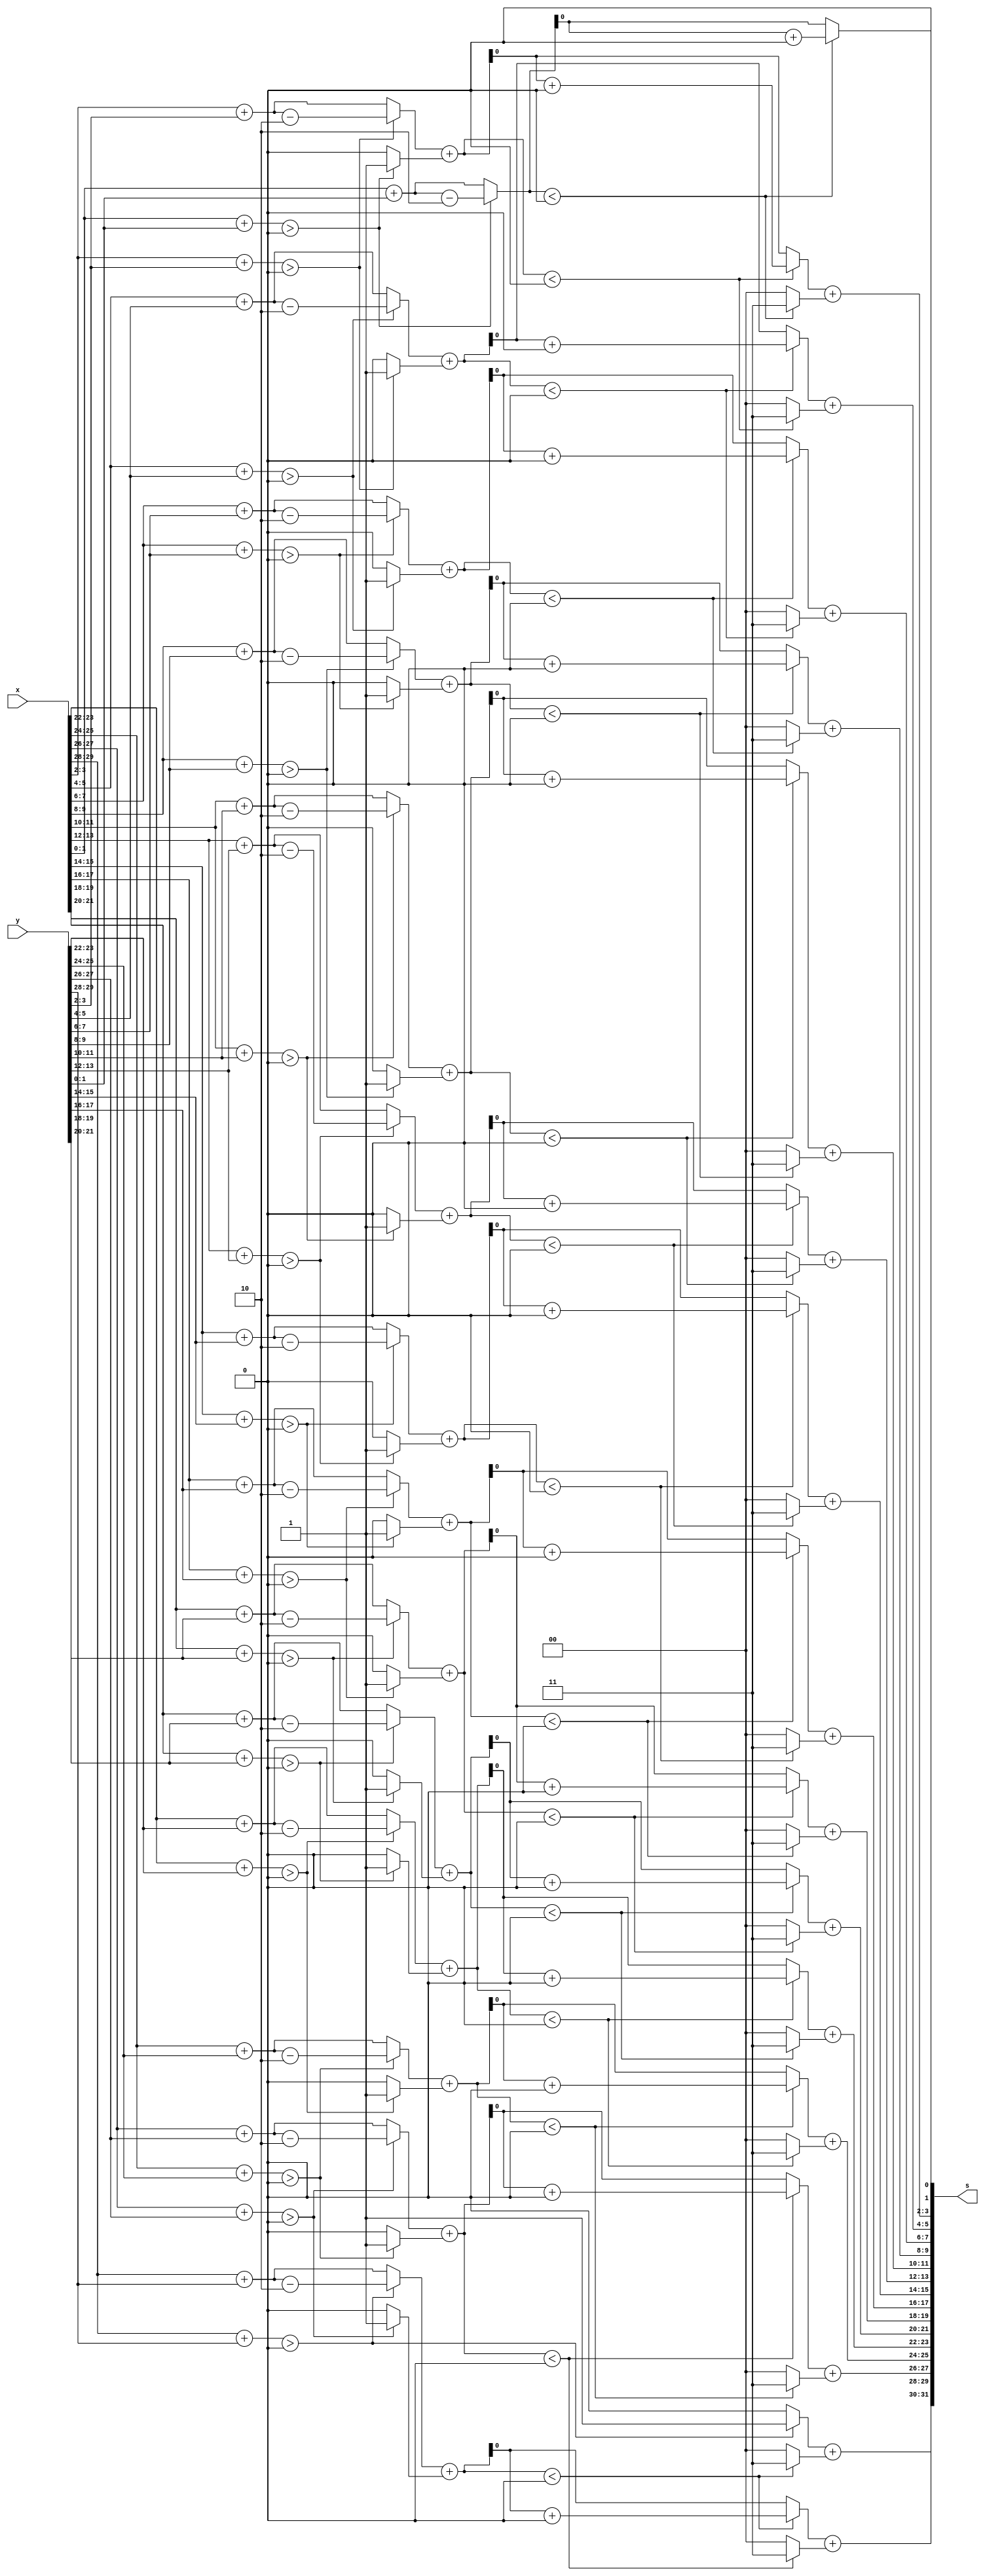
//generalized parallel online adder for radix > 2

module rRp_add(
	x,
	y,
	s
	);

parameter RADIX = 2;
parameter WIDTH = 15; //number of digits
localparam A = RADIX - 1;
localparam D = $clog2(RADIX) + 1; //bitwidth of each digit
localparam N = D*WIDTH; //bitwidth of each input
localparam tN = 2*WIDTH; //bitwidth of t

integer i;

input [(N-1):0] x, y;
output [((N-1)+D):0] s;

reg [((N-1)+D):0] s;

reg [(tN-1):0] t;

//nessessary for signed addition/comparison
reg signed [(D-1):0] x_i, y_i;
reg signed [1:0] t_im1;


generate
if (RADIX == 2) begin
	reg [N-1:0] z;
	reg [WIDTH-1:0] h , w;
	reg signed [1:0] z_i, z_h;

	always@(x, y) begin
		for(i=0; i < WIDTH; i = i+1) begin
			x_i = x[i*2 +: 2];
			y_i = y[i*2 +: 2]; 
			h[i] = ((x_i+y_i)>0)? 1'd1: 1'd0;
			z[i*2 +: 2] = ((x_i+y_i)>0)? (x_i+y_i-2'd2) : (x_i+y_i);
		end
		
		z_i = z[1:0];
		w[0] = (z_i<0)? (z_i+2'd2): z_i;
		t[1:0] = (z_i<0)? -2'd1: 2'd0;

		for(i=1; i<WIDTH; i = i+1) begin
			z_i = z[i*2 +: 2];
			z_h = z_i + h[i-1];
			w[i] = (z_h<0)? (z_h+2'd2): (z_h);
			t[i*2 +: 2] = (z_h<0)? -2'd1: 2'd0;
		end

		s[N+1:N] <= h[WIDTH-1] + t[tN-1:tN-2];
		s[1:0] <= w[0];

		for(i=1; i<WIDTH; i=i+1) begin
			t_im1 = t[(i-1)*2 +: 2];
			s[i*2 +: 2] <= w[i] + t_im1;
		end
	end
end else begin
	reg [(N-1):0] w;
	reg signed [(D-1): 0] w_i;
	always @(x, y) begin
		for(i = 0; i < WIDTH; i = i+1) begin
			x_i = x[i*D +: D];
			y_i = y[i*D +: D];
			if(x_i+y_i >= A) begin
				t[i*2 +: 2] = 2'd1;
				w[i*D +: D] = x_i + y_i - RADIX;
			end else if (x_i+y_i <= -A) begin
				t[i*2 +: 2] = -2'd1;
				w[i*D +: D] = x_i + y_i + RADIX;
			end else begin
				t[i*2 +: 2] = 2'd0;
				w[i*D +: D] = x_i + y_i;
			end
		end
		
		s[(N-1)+D:N] <= { {(D-2){t[tN-1]}}, t[tN-1:tN-2]};
		s[(D-1):0] <= w[(D-1):0];
		
		for(i=1; i<WIDTH; i=i+1) begin
			w_i = w[i*D +: D];
			t_im1 = t[(i-1)*2 +: 2];
			s[i*D +: D] <= w_i + t_im1;
		end
	end
end endgenerate

endmodule